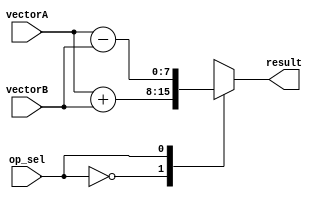
module vector_ALU (
    input [7:0] vectorA,
    input [7:0] vectorB,
    input op_sel,  // Operation select signal: 0 for addition, 1 for subtraction, 2 for multiplication, 3 for division
    output reg [7:0] result
);

always @(*)
begin
    case(op_sel)
        0: result = vectorA + vectorB;
        1: result = vectorA - vectorB;
        2: result = vectorA * vectorB;
        3: result = vectorA / vectorB;
        default: result = 8'b0;  // Invalid operation
    endcase
end

endmodule